Eesti_Rahvusfond, lk 153
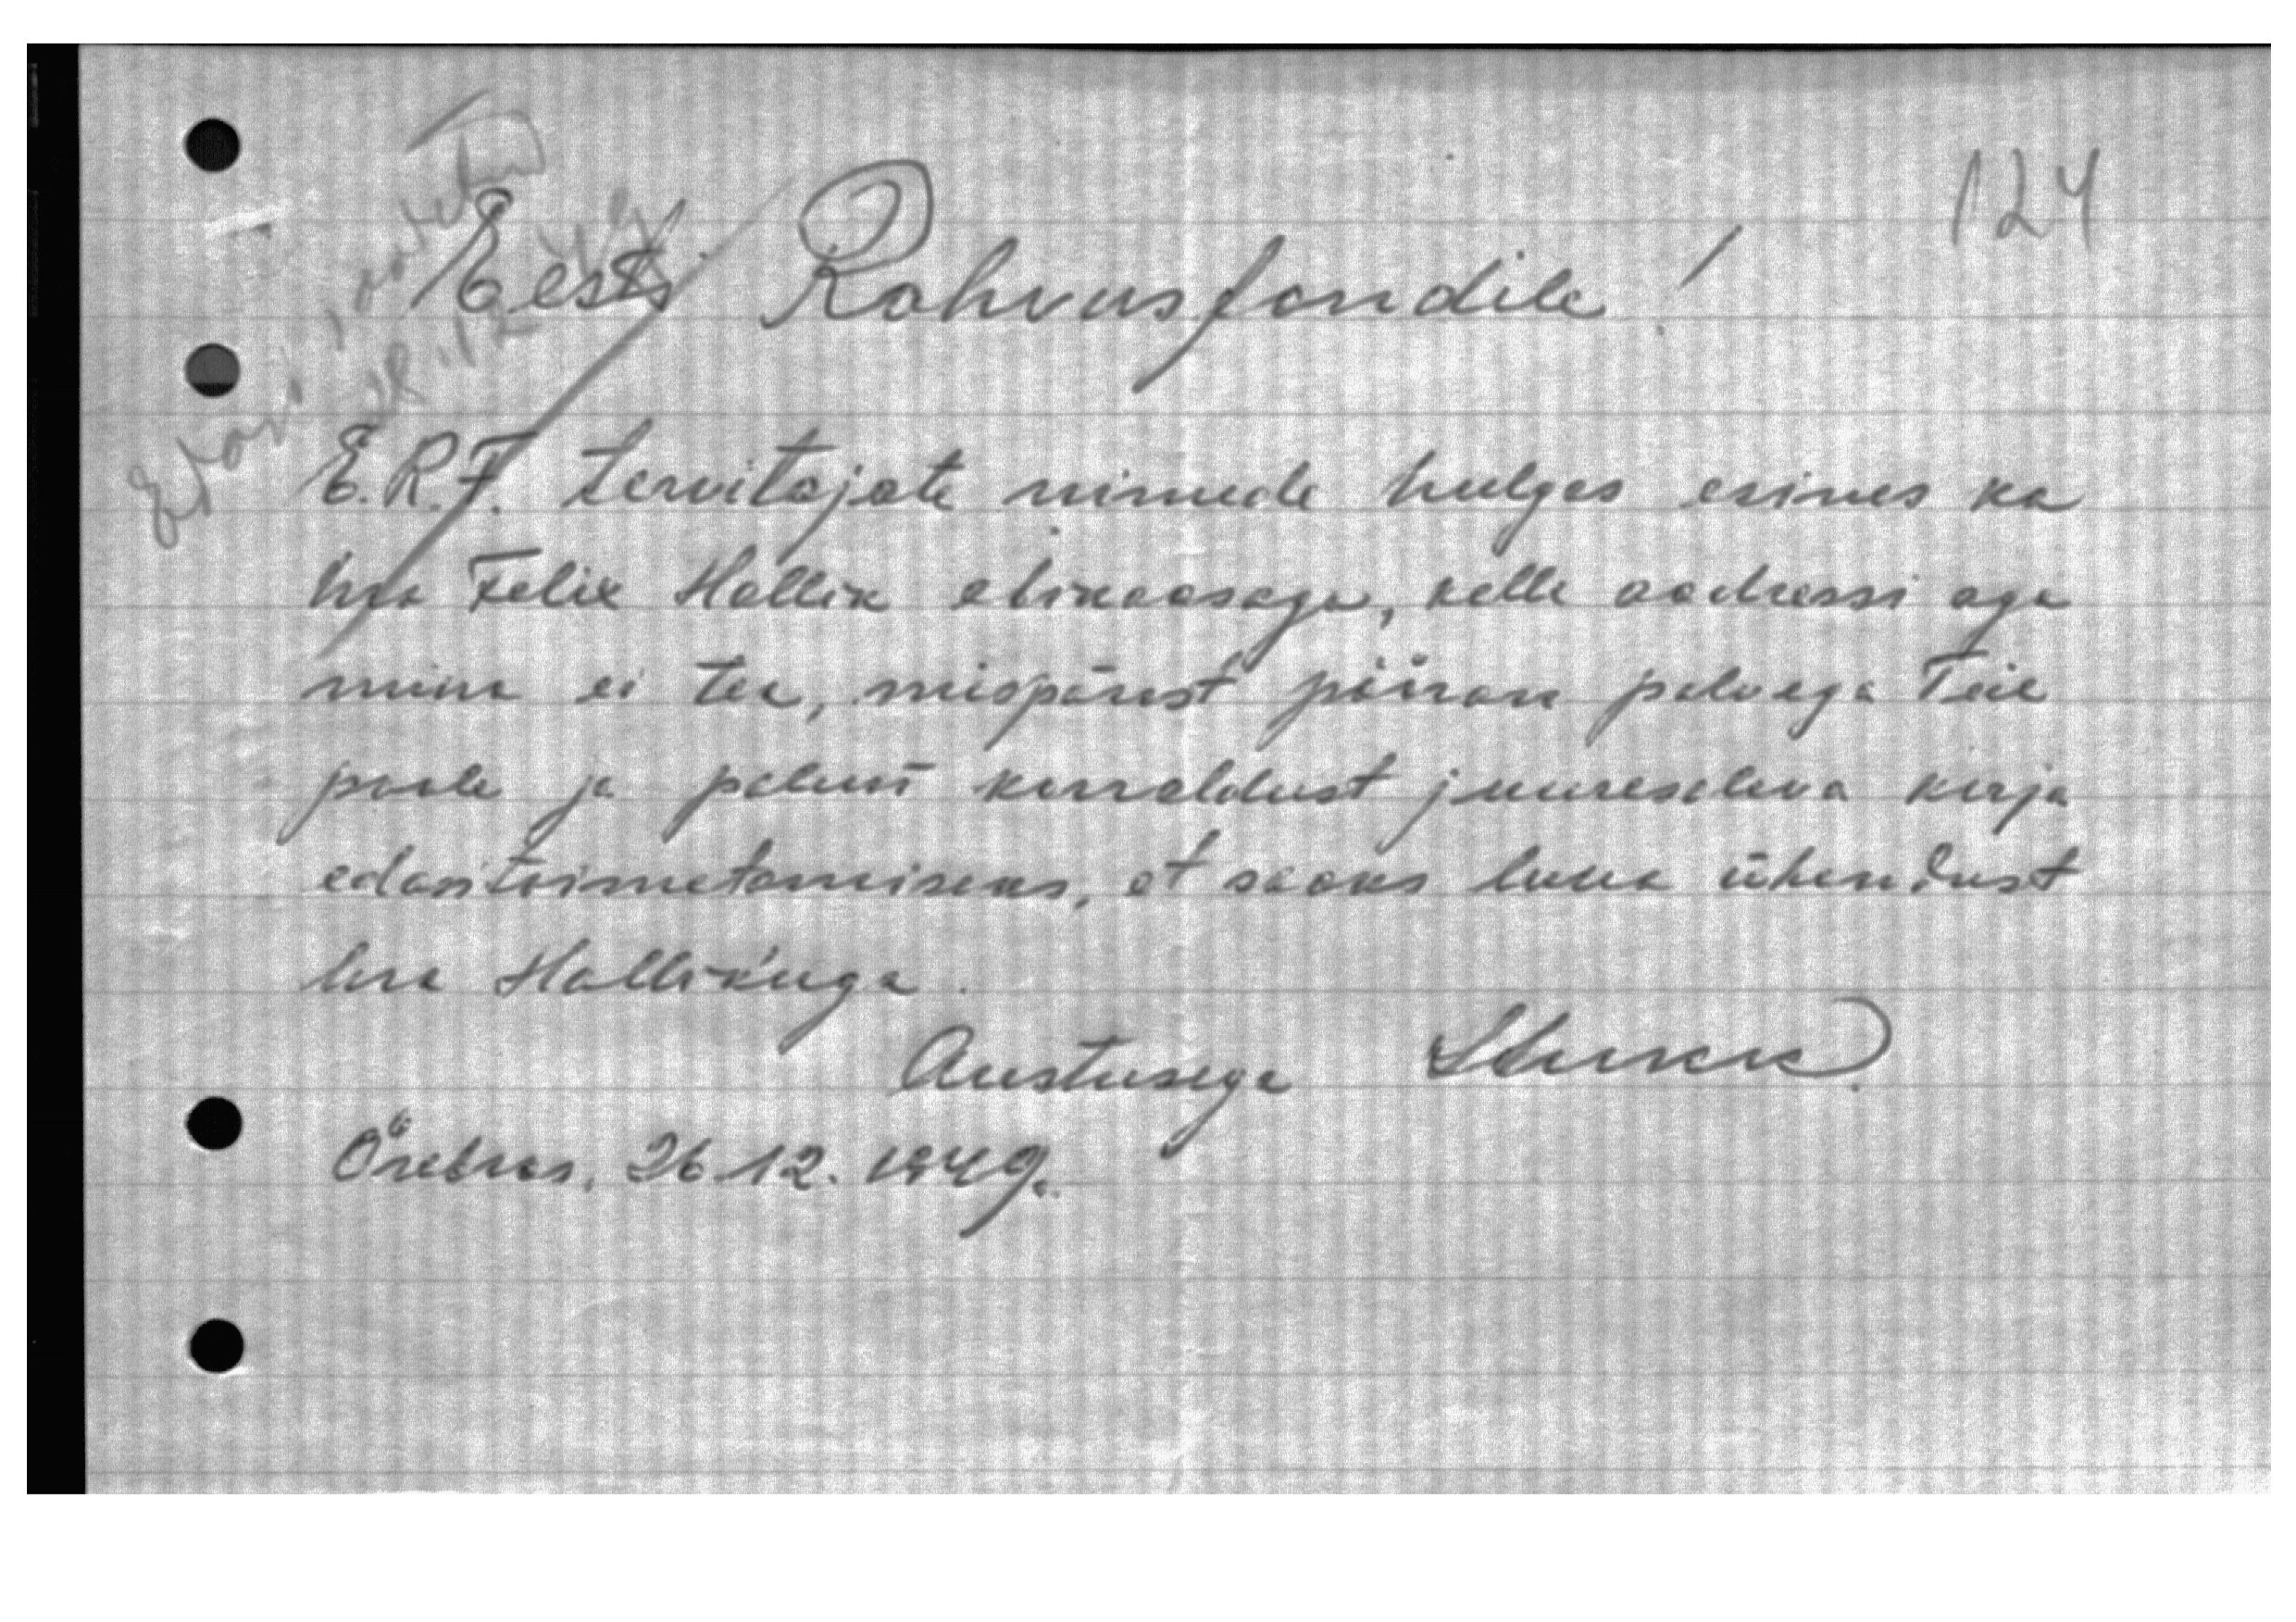
Eesti Rahvusfondile
E.R.F. tervitajate nimede hulges esines ka
hra Felix Hallik abikaasaga, kelle aadressi aga
mina ei tea, mispärast piiran palvega Teie
poole ja palun korraldust juuresoleva kirja
edasitoimetamiseks, et saaks luua ühendust
hra Hallikuga.
Austusega H.Lukk
Örbus. 26.12. 1949.